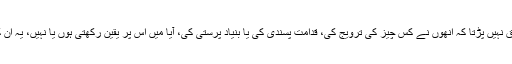
فرح کا کہنا تھا کہ ’مجھے اس سے کوئی فرق نہیں پڑتا کہ انھوں نے کس چیز کی ترویج کی، قدامت پسندی کی یا بنیاد پرستی کی، آیا میں اس پر یقین رکھتی ہوں یا نہیں، یہ ان کا انتخاب ہے اور اس سے مجھے خوشی ہے۔